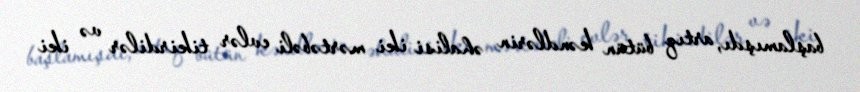
başlamışdı, artıq bütün kəndlərin əhalisi iki mərtəbəli evlər tikirdilər və iki